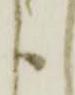
か